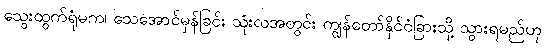
သွေးထွက်ရုံမက၊ သေအောင်မှန်ခြင်း သုံးလအတွင်း ကျွန်တော်နိုင်ငံခြားသို့ သွားရမည်ဟု